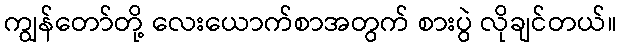
ကျွန်တော်တို့ လေးယောက်စာအတွက် စားပွဲ လိုချင်တယ်။